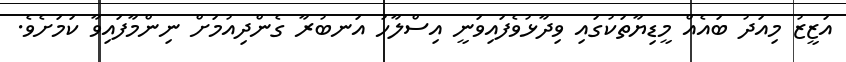
އަޒީޒު މިއަދު ބައެއް މީޑިޔާތަކުގައި ވިދާޅުވެފައިވަނީ އިސްލާހު އަނބުރާ ގެންދިއުމަށް ނިންމާފައިވާ ކަމަށެވެ.